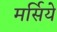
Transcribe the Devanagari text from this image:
मर्सिये